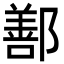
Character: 鄯